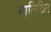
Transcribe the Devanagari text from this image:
मालिकिन